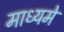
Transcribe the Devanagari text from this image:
माध्‍यमे